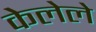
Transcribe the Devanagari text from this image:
केेलेले